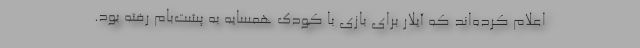
اعلام کرده‌اند که آیلار برای بازی با کودک همسایه به پشت‌بام رفته بود.